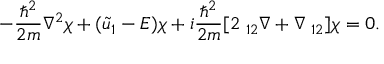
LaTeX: - { \frac { \hbar ^ { 2 } } { 2 m } } \nabla ^ { 2 } \chi + ( { \tilde { u } } _ { 1 } - E ) \chi + i { \frac { \hbar ^ { 2 } } { 2 m } } [ 2 \mathbf { \tau } _ { 1 2 } \nabla + \nabla \mathbf { \tau } _ { 1 2 } ] \chi = 0 .